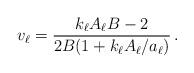
LaTeX: \begin{align*}v_{\ell} = \frac{k_{\ell} A_{\ell} B - 2}{2B(1 + k_{\ell} A_{\ell} /a_{\ell})}\,.\end{align*}